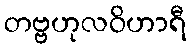
တဗ္ဗဟုလဝိဟာရီ